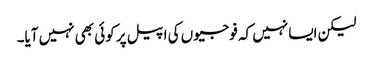
لیکن ایسا نہیں کہ فوجیوں کی اپیل پر کوئی بھی نہیں آیا۔